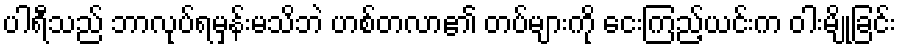
ပါရီသည် ဘာလုပ်ရမှန်းမသိဘဲ ဟစ်တလာ၏ တပ်များကို ငေးကြည့်ယင်းက ဝါးမျိုခြင်း